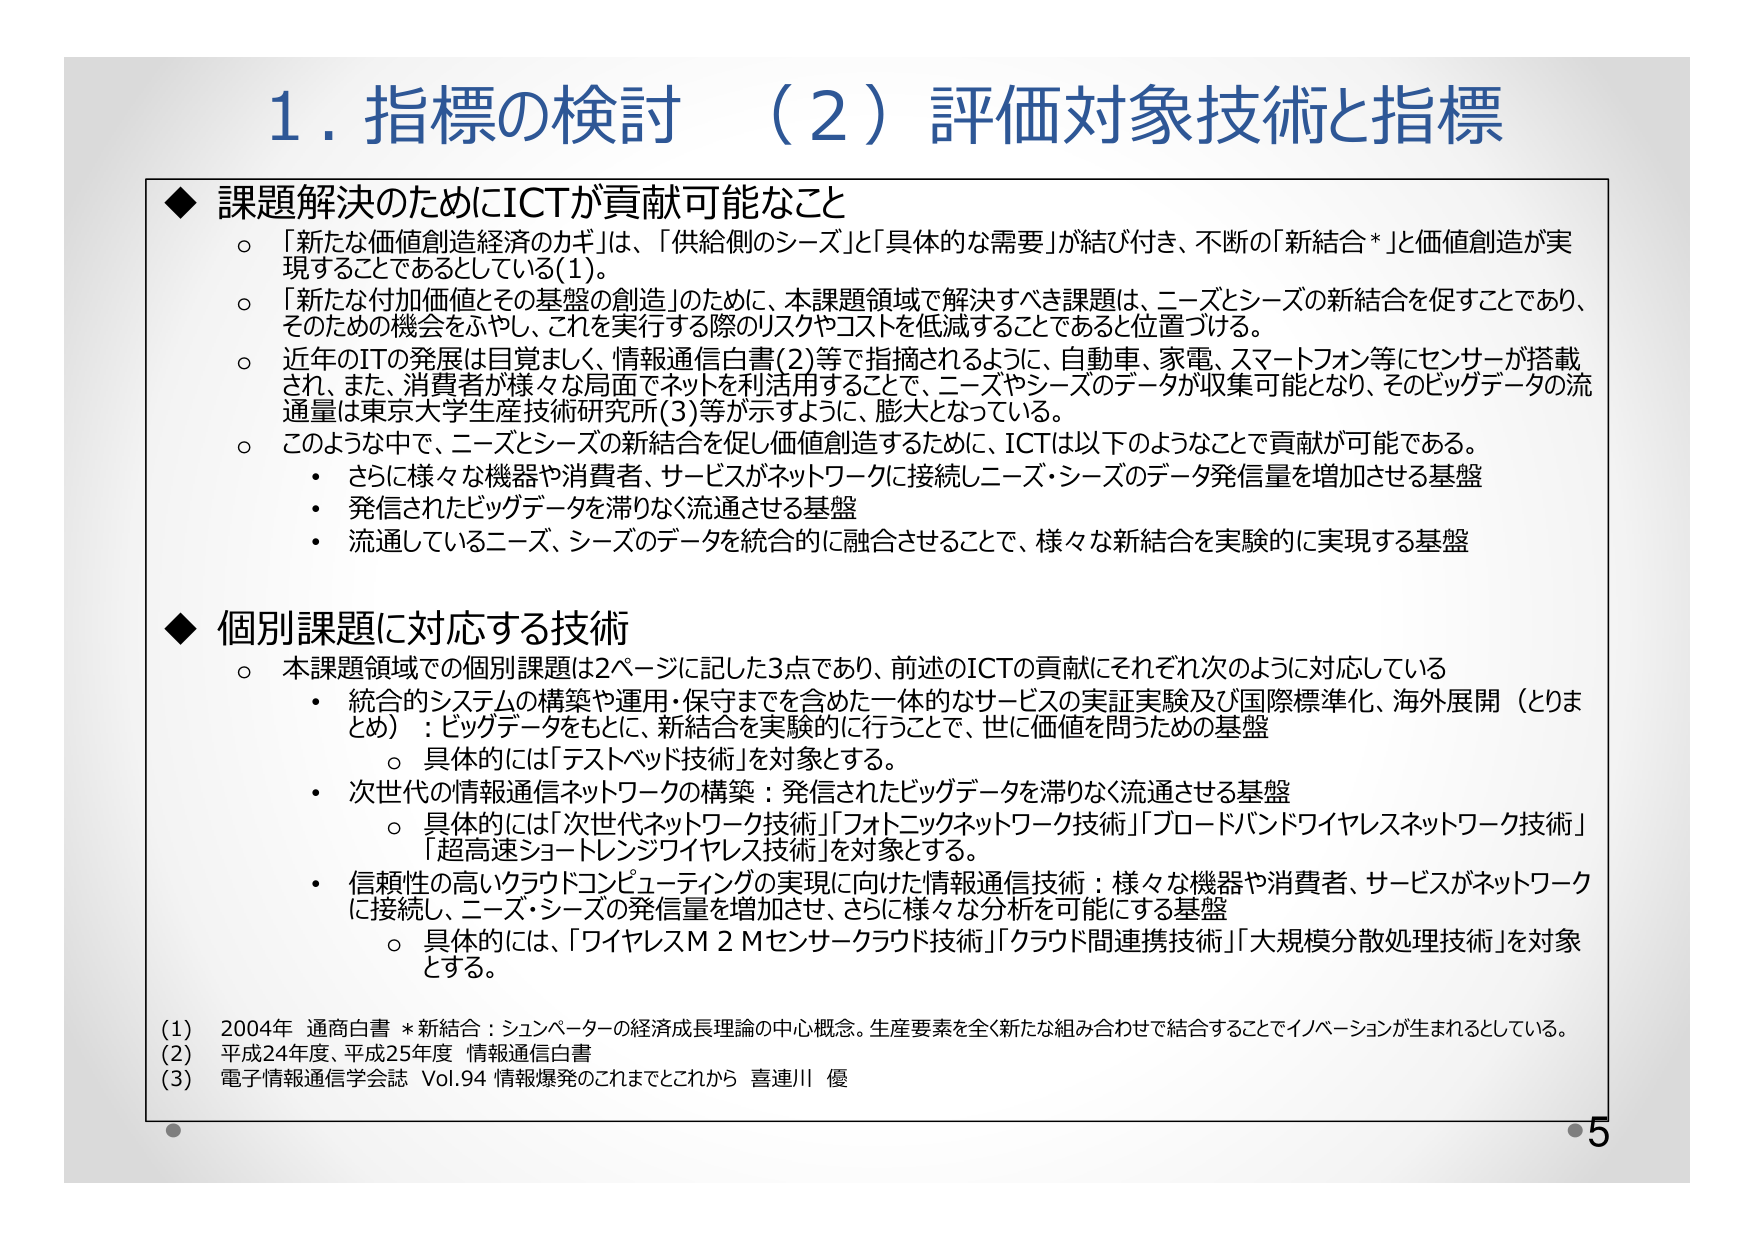
1. 指標の検討 （2）評価対象技術と指標

◆ 課題解決のためにICTが貢献可能なこと
○ 「新たな価値創造経済のカギ」は、「供給側のシーズ」と「具体的な需要」が結び付き、不断の「新結合*」と価値創造が実現することであるとしている(1)。
○ 「新たな付加価値とその基盤の創造」のために、本課題領域で解決すべき課題は、ニーズとシーズの新結合を促すことであり、そのための機会をふやし、これを実行する際のリスクやコストを低減することであると位置づける。
○ 近年のITの発展は目覚ましく、情報通信白書(2)等で指摘されるように、自動車、家電、スマートフォン等にセンサーが搭載され、また、消費者が様々な局面でネットを利活用することで、ニーズやシーズのデータが収集可能となり、そのビッグデータの流通量は東京大学生産技術研究所(3)等が示すように、膨大となっている。
○ このように中で、ニーズとシーズの新結合を促し価値創造するために、ICTは以下のようなことで貢献が可能である。
・ さらに様々な機器や消費者、サービスがネットワークに接続しニーズ・シーズのデータ発信量を増加させる基盤
・ 発信されたビッグデータを滞りなく流通させる基盤
・ 流通しているニーズ、シーズのデータを統合的に融合させることで、様々な新結合を実験的に実現する基盤

◆ 個別課題に対応する技術
○ 本課題領域での個別課題は2ページに記した3点であり、前述のICTの貢献にそれぞれ次のように対応している
・ 統合的システムの構築や運用・保守までを含めた一体的なサービスの実証実験及び国際標準化、海外展開（とりまとめ）：ビッグデータをもとに、新結合を実験的に行うことで、世に価値を問うための基盤
　○ 具体的には「テストベッド技術」を対象とする。
・ 次世代の情報通信ネットワークの構築：発信されたビッグデータを滞りなく流通させる基盤
　○ 具体的には「次世代ネットワーク技術」「フォトニックネットワーク技術」「ブロードバンドワイヤレスネットワーク技術」「超高速ショートレンジワイヤレス技術」を対象とする。
・ 信頼性の高いクラウドコンピューティングの実現に向けた情報通信技術：様々な機器や消費者、サービスがネットワークに接続し、ニーズ・シーズの発信量を増加させ、さらに様々な分析を可能にする基盤
　○ 具体的には、「ワイヤレスM２Mセンサークラウド技術」「クラウド間連携技術」「大規模分散処理技術」を対象とする。

(1) 2004年 通商白書 *新結合：シュンペーターの経済成長理論の中心概念。生産要素を全く新たな組み合わせで結合することでイノベーションが生まれるとしている。
(2) 平成24年度、平成25年度 情報通信白書
(3) 電子情報通信学会誌 Vol.94 情報爆発のこれまでとこれから 喜連川 優

5